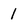
Character: 1